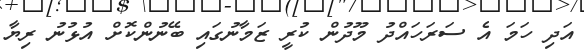
އަދި ހަމަ އެ ސަރަހައްދު މޫދުން ކުރީ ޒަމާނުގައި ބޭނުންކޮށް އުޅުނު ރިޔާ